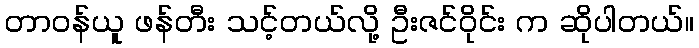
တာဝန်ယူ ဖန်တီး သင့်တယ်လို့ ဦးဇင်ဝိုင်း က ဆိုပါတယ်။